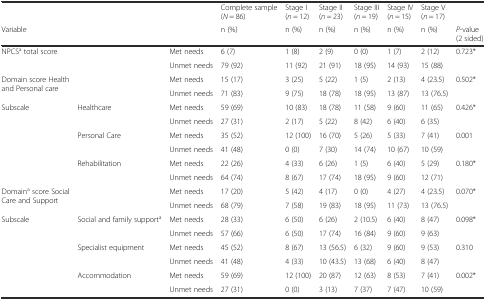
<table><thead><tr><td></td><td></td><td></td><td><b>Complete sample (<i>N</i> = 86)</b></td><td><b>Stage I (<i>n</i> = 12)</b></td><td><b>Stage II (<i>n</i> = 23)</b></td><td><b>Stage III (<i>n</i> = 19)</b></td><td><b>Stage IV (<i>n</i> = 15)</b></td><td><b>Stage V (<i>n</i> = 17)</b></td><td></td></tr><tr><td><b>Variable</b></td><td></td><td></td><td><b>n (%)</b></td><td><b>n (%)</b></td><td><b>n (%)</b></td><td><b>n (%)</b></td><td><b>n (%)</b></td><td><b>n (%)</b></td><td><b><i>P</i>-value (2 sided)</b></td></tr></thead><tbody><tr><td rowspan="2">NPCS<sup>a</sup> total score</td><td rowspan="2"></td><td>Met needs</td><td>6 (7)</td><td>1 (8)</td><td>2 (9)</td><td>0 (0)</td><td>1 (7)</td><td>2 (12)</td><td rowspan="2">0.723*</td></tr><tr><td>Unmet needs</td><td>79 (92)</td><td>11 (92)</td><td>21 (91)</td><td>18 (95)</td><td>14 (93)</td><td>15 (88)</td></tr><tr><td rowspan="2">Domain score Health and Personal care</td><td rowspan="2"></td><td>Met needs</td><td>15 (17)</td><td>3 (25)</td><td>5 (22)</td><td>1 (5)</td><td>2 (13)</td><td>4 (23.5)</td><td rowspan="2">0.502*</td></tr><tr><td>Unmet needs</td><td>71 (83)</td><td>9 (75)</td><td>18 (78)</td><td>18 (95)</td><td>13 (87)</td><td>13 (76.5)</td></tr><tr><td rowspan="6">Subscale</td><td rowspan="2">Healthcare</td><td>Met needs</td><td>59 (69)</td><td>10 (83)</td><td>18 (78)</td><td>11 (58)</td><td>9 (60)</td><td>11 (65)</td><td rowspan="2">0.426*</td></tr><tr><td>Unmet needs</td><td>27 (31)</td><td>2 (17)</td><td>5 (22)</td><td>8 (42)</td><td>6 (40)</td><td>6 (35)</td></tr><tr><td rowspan="2">Personal Care</td><td>Met needs</td><td>35 (52)</td><td>12 (100)</td><td>16 (70)</td><td>5 (26)</td><td>5 (33)</td><td>7 (41)</td><td rowspan="2">0.001</td></tr><tr><td>Unmet needs</td><td>41 (48)</td><td>0 (0)</td><td>7 (30)</td><td>14 (74)</td><td>10 (67)</td><td>10 (59)</td></tr><tr><td rowspan="2">Rehabilitation</td><td>Met needs</td><td>22 (26)</td><td>4 (33)</td><td>6 (26)</td><td>1 (5)</td><td>6 (40)</td><td>5 (29)</td><td rowspan="2">0.180*</td></tr><tr><td>Unmet needs</td><td>64 (74)</td><td>8 (67)</td><td>17 (74)</td><td>18 (95)</td><td>9 (60)</td><td>12 (71)</td></tr><tr><td rowspan="2">Domain<sup>a</sup> score Social Care and Support</td><td rowspan="2"></td><td>Met needs</td><td>17 (20)</td><td>5 (42)</td><td>4 (17)</td><td>0 (0)</td><td>4 (27)</td><td>4 (23.5)</td><td rowspan="2">0.070*</td></tr><tr><td>Unmet needs</td><td>68 (79)</td><td>7 (58)</td><td>19 (83)</td><td>18 (95)</td><td>11 (73)</td><td>13 (76.5)</td></tr><tr><td rowspan="6">Subscale</td><td rowspan="2">Social and family support<sup>a</sup></td><td>Met needs</td><td>28 (33)</td><td>6 (50)</td><td>6 (26)</td><td>2 (10.5)</td><td>6 (40)</td><td>8 (47)</td><td rowspan="2">0.098*</td></tr><tr><td>Unmet needs</td><td>57 (66)</td><td>6 (50)</td><td>17 (74)</td><td>16 (84)</td><td>9 (60)</td><td>9 (63)</td></tr><tr><td rowspan="2">Specialist equipment</td><td>Met needs</td><td>45 (52)</td><td>8 (67)</td><td>13 (56.5)</td><td>6 (32)</td><td>9 (60)</td><td>9 (53)</td><td rowspan="2">0.310</td></tr><tr><td>Unmet needs</td><td>41 (48)</td><td>4 (33)</td><td>10 (43.5)</td><td>13 (68)</td><td>6 (40)</td><td>8 (47)</td></tr><tr><td rowspan="2">Accommodation</td><td>Met needs</td><td>59 (69)</td><td>12 (100)</td><td>20 (87)</td><td>12 (63)</td><td>8 (53)</td><td>7 (41)</td><td rowspan="2">0.002*</td></tr><tr><td>Unmet needs</td><td>27 (31)</td><td>0 (0)</td><td>3 (13)</td><td>7 (37)</td><td>7 (47)</td><td>10 (59)</td></tr></tbody></table>